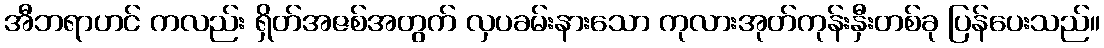
အီဘရာဟင် ကလည်း ရှိတ်အဇစ်အတွက် လှပခမ်းနားသော ကုလားအုတ်ကုန်းနှီးတစ်ခု ပြန်ပေးသည်။